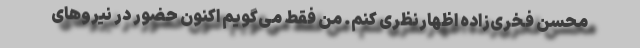
محسن فخری‌زاده اظهار‌نظری کنم. من فقط می‌گویم اکنون حضور در نیروهای